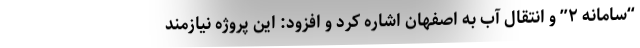
“سامانه ۲” و انتقال آب به اصفهان اشاره کرد و افزود: این پروژه نیازمند